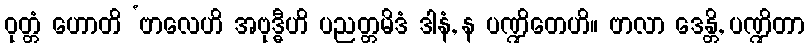
ဝုတ္တံ ဟောတိ ‘ဗာလေဟိ အဗုဒ္ဓီဟိ ပညတ္တမိဒံ ဒါနံ, န ပဏ္ဍိတေဟိ။ ဗာလာ ဒေန္တိ, ပဏ္ဍိတာ